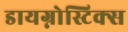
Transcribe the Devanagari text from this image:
डायग्नोस्टिक्स